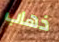
ذهاب